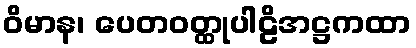
ဝိမာန၊ ပေတဝတ္ထုပါဠိအဋ္ဌကထာ